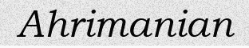
Ahrimanian